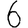
Digit: 6